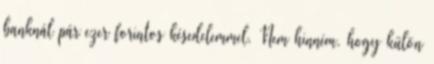
banknál pár ezer forintos késedelemmel. Nem hinném, hogy külön